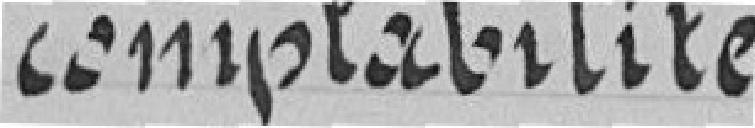
comptabilité